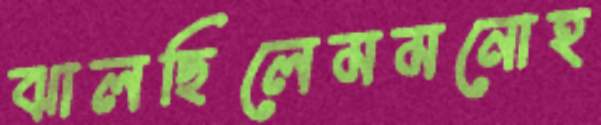
ঝালছিলেমমনোহ